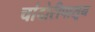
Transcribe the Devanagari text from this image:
चांदोरीपासून